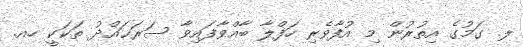
ލ. ގަމުގެ އިތުރުން މި އުފާވެރި ހަފްލާ ބާއްވާފައިވާ ސަރަޙައްދު ތަކަކީ ހއ.